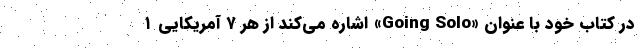
در کتاب خود با عنوان «Going Solo» اشاره می‌کند از هر ۷ آمریکایی ۱